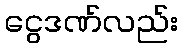
ငွေဒဏ်လည်း